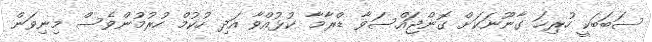
ސަބަބަކީ ހުރިހަ ގާނޫނަކަށް ގޮންޖައްސަވާ ޑްރާމާ ކުޅުއްވާ އަދި ހުކުމް ހުރުމުންވެސް މިނިވަން